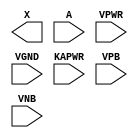
module sky130_fd_sc_lp__dlybuf4s15kapwr (
    X    ,
    A    ,
    VPWR ,
    VGND ,
    KAPWR,
    VPB  ,
    VNB
);

    output X    ;
    input  A    ;
    input  VPWR ;
    input  VGND ;
    input  KAPWR;
    input  VPB  ;
    input  VNB  ;
endmodule